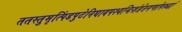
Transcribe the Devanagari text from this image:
ततस्तुमृत्पिंडपुटेनिधायपश्यन्दिशंप्रेतगणोपरुढां